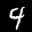
Label: 4